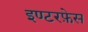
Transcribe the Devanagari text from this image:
इण्टरफ़ेस